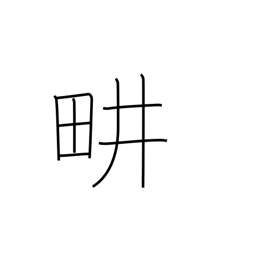
Meaning: cultivate